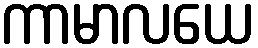
ကာမာလယေ